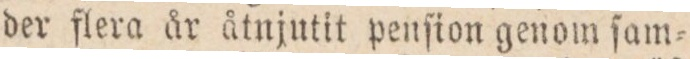
der flera år åtnjutit penfion genom ſam=